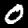
Digit: 0